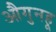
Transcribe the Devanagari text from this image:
औगुनहू